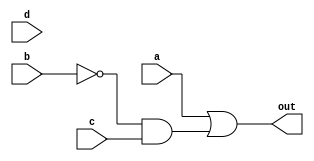
//
//
// https://hdlbits.01xz.net/wiki/Kmap3
//
//

`default_nettype none

module top_module (
    input   a,
    input   b,
    input   c,
    input   d,
    output  out
); 

    assign out = ( a               ) |
                 (     ~b &  c     );

    /* verilator lint_off UNUSED */
    wire    [0:0]   unused;
    assign unused = {d};
    /* verilator lint_on UNUSED */

endmodule